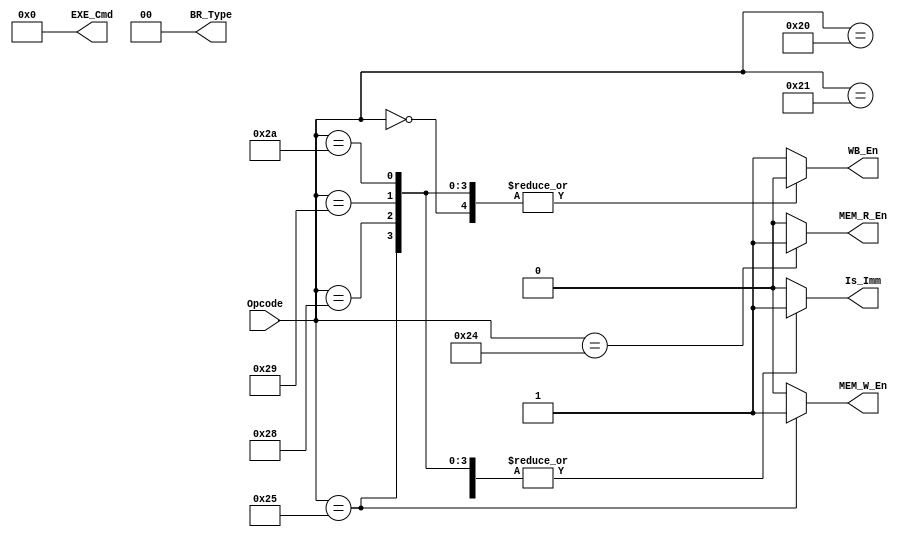
// build control unit
module Controller
	(
		Opcode,
		Is_Imm,
		WB_En,
		MEM_R_En,
		MEM_W_En,
		EXE_Cmd,
		BR_Type
	);
	
	// input and output ports
	input	[5:0]	Opcode;
	output			Is_Imm;
	output			WB_En;
	output			MEM_R_En;
	output			MEM_W_En;
	output	[3:0]	EXE_Cmd;
	output	[1:0]	BR_Type;
	
	// registers
	reg				Is_Imm;
	reg				WB_En;
	reg				MEM_R_En;
	reg				MEM_W_En;
	reg	[3:0]		EXE_Cmd;
	reg	[1:0]		BR_Type;
	
	// define cases
	parameter NOP = 0;
	parameter ADD = 1;
	parameter SUB = 3;
	parameter AND = 5;
	parameter OR = 6;
	parameter NOR = 7;
	parameter XOR = 8;
	parameter SLA = 9;
	parameter SLL = 10;
	parameter SRA = 11;
	parameter SRL = 12;
	parameter ADDI = 32;
	parameter SUBI = 33;
	parameter LD = 36;
	parameter ST = 37;
	parameter BEZ = 40;
	parameter BNE = 41;
	parameter JMP = 42;
	
	// build module
	
	always @(*)
	begin
		case(Opcode)
			ADDI:
				Is_Imm = 1;
			SUBI:
				Is_Imm = 1;
			LD:
				Is_Imm = 1;
			ST:
				Is_Imm = 1;
			BEZ:
				Is_Imm = 1;
			BNE:
				Is_Imm = 1;
			JMP:
				Is_Imm = 1;
			default:
				Is_Imm = 0;
		endcase
		
		case(Opcode) // TODO: Check
			NOP:
				WB_En = 0;
			ST:
				WB_En = 0;
			BEZ:
				WB_En = 0;
			BNE:
				WB_En = 0;
			JMP:
				WB_En = 0;
			default:
				WB_En = 1;
		endcase
		
		case(Opcode)
			LD:
				MEM_R_En = 1;
			default:
				MEM_R_En = 0;
		endcase
		
		case(Opcode)
			ST:
				MEM_W_En = 1;
			default:
				MEM_W_En = 0;
		endcase
		
		EXE_Cmd = 0;

		BR_Type = 0;
	end
endmodule